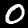
Digit: 0